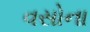
વસોના